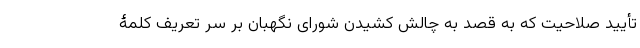
تأیید صلاحیت که به قصد به چالش کشیدن شورای نگهبان بر سر تعریف کلمۀ